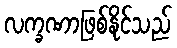
လက္ခဏာဖြစ်နိုင်သည်